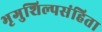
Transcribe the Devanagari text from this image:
भृगुशिल्पसंहिता